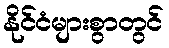
နိုင်ငံများစွာတွင်